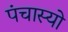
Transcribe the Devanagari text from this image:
पंचास्यो